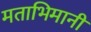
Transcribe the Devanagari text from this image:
मताभिमानी